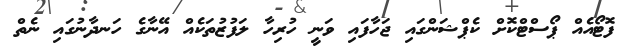
ފޮޓޯއެއް ޕޯސްޓްކޮށް ކެޕްޝަންގައި ޖަހާފައި ވަނީ ހުރިހާ ލަފުޒުތަކެއް އޭނާގެ ހަނދާނުގައި ނެތް